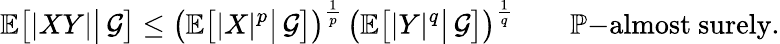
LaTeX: \mathbb{E}{\bigl[}|XY|{\big|}\, {\mathcal{G}}{\bigr]}\leq{\bigl(}\mathbb{E}{\bigl[}|X|^{p}{\big|}\, {\mathcal{G}}{\bigr]}{\bigr)}^{\frac{1}{p}}\, {\bigl(}\mathbb{E}{\bigl[}|Y|^{q}{\big|}\, {\mathcal{G}}{\bigr]}{\bigr)}^{\frac{1}{q}}\qquad\mathbb{P}{\mathrm{-almost~surely.}}